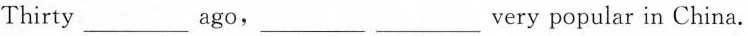
Thirty ___ ago, ___ ___ very popular in China.